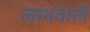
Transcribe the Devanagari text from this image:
लाभवाले